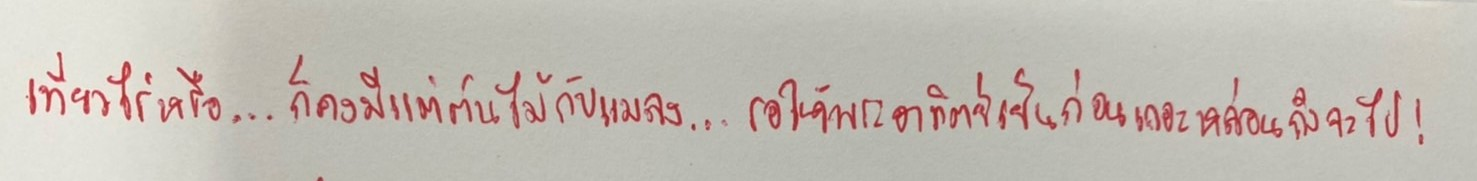
เที่ยวไร่หรือ...ก็คงมีแต่ต้นไม้กับแมลง...รอให้พระอาทิตย์เย็นก่อนเถอะหล่อนถึงจะไป!